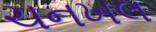
ચનખલ